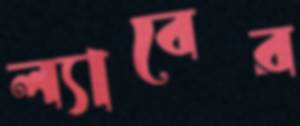
ল্যাবের